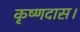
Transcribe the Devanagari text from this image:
कृष्णदास।